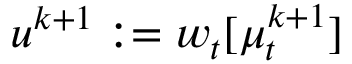
u ^ { k + 1 } : = w _ { t } [ \mu _ { t } ^ { k + 1 } ]